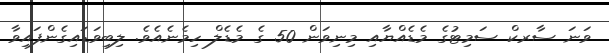
ވަނަ ސާރކް ސަމިޓުގެ މެޑެއްޔާއި މިނިވަން 50 ގެ މެޑެލް ހިމެނެއެވެ. ލިބިވަޑައިގެންފައިވާ